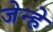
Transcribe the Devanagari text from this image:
जेन्हे